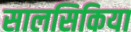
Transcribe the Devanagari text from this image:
सालसिकिया